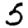
Digit: 5